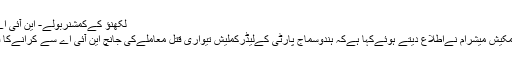
لکھنؤ کےکمشنربولے- این آئی اے کرے گی جانچ
لکھنؤ کےکمشنرمکیش میشرام نےاطلاع دیتے ہوئےکہا ہےکہ ہندوسماج پارٹی کےلیڈرکملیش تیواری قتل معاملےکی جانچ این آئی اے سے کرانےکا فیصلہ لیا گیا ہے۔